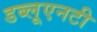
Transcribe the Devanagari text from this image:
डब्लूएनटी